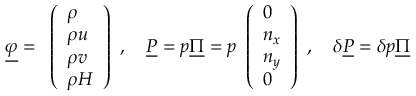
\underline { { \varphi } } = \begin{array} { l } { \left( \begin{array} { l } { \rho } \\ { \rho u } \\ { \rho v } \\ { \rho H } \end{array} \right) } \end{array} , \quad \underline { { P } } = p \underline { { \Pi } } = p \begin{array} { l } { \left( \begin{array} { l } { 0 } \\ { n _ { x } } \\ { n _ { y } } \\ { 0 } \end{array} \right) } \end{array} , \quad \delta \underline { { P } } = \delta p \underline { { \Pi } }